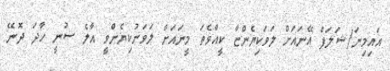
އައިމިނަ/ޝަލަފް އޭނައަށް ލަވަކިޔެންޏާ ކީއްވެތަ މީނައަށް ލަވަނުކިޔެންވީ އާލެ ސުނީ ހާދަ ދޮނޭ